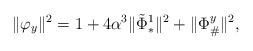
LaTeX: \begin{align*}\|\varphi_y\|^2 &= 1 + 4 \alpha^3\|\tilde{\Phi}_*^1\|^2 + \|\Phi_{\#}^y\|^2, \end{align*}